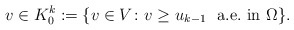
\begin{align*}v \in K_0^k:=\{ v\in V \colon v \ge u_{k-1} \ \mbox{ a.e.~in } \Omega \}.\end{align*}